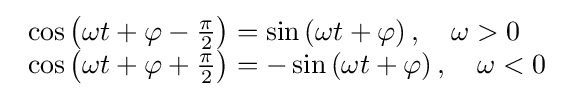
{\begin{array}{lll}\cos \left(\omega t+\varphi -{\tfrac {\pi }{2}}\right)=\sin \left(\omega t+\varphi \right),\quad \omega >0\\\cos \left(\omega t+\varphi +{\tfrac {\pi }{2}}\right)=-\sin \left(\omega t+\varphi \right),\quad \omega <0\end{array}}